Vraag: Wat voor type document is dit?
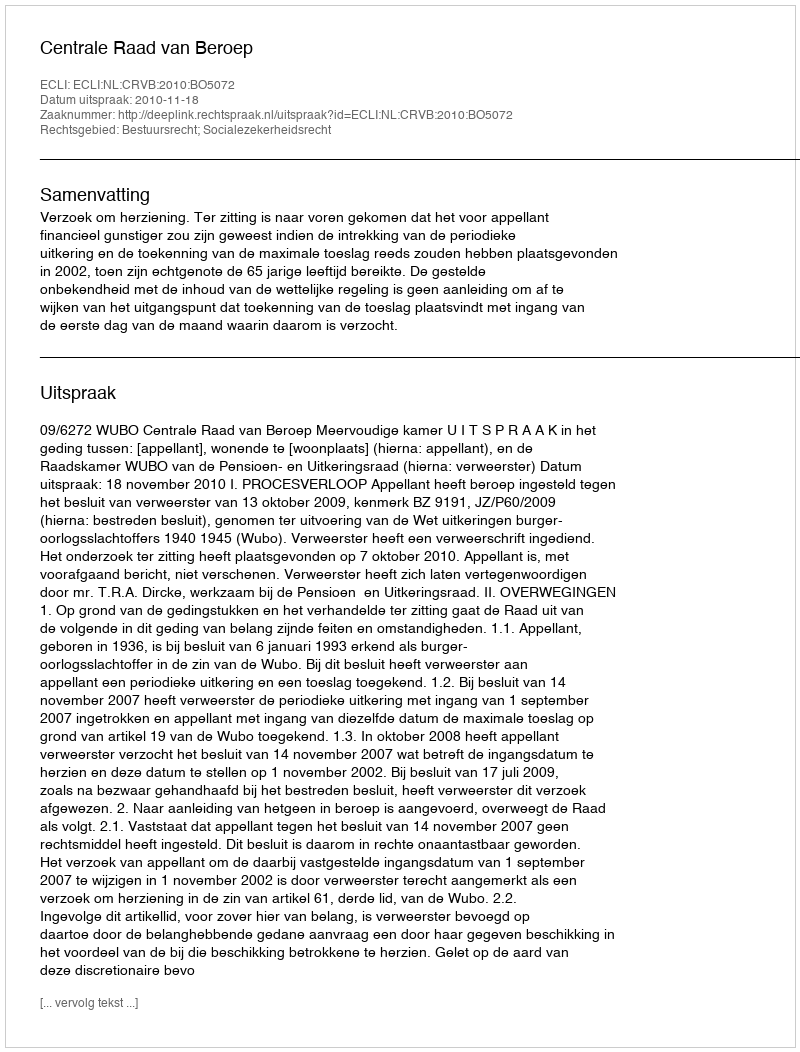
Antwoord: Uitspraak